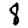
Digit: 8